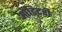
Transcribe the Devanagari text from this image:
ऑडिटरी